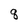
Character: q